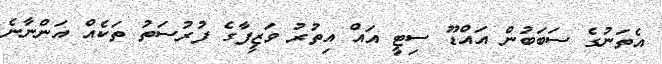
އެތަނުގެ ސަބަބުން އައްޑޫ ސިޓީ އައް އިތުރު ވަޒީފާގެ ފުރުސަތު ތަކެއް އަންނާނެ